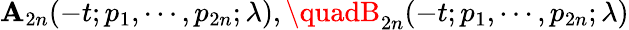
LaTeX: \mathbf{A}_{2n}(-t;p_{1},\cdots,p_{2n};\lambda),\quadB_{2n}(-t;p_{1},\cdots,p_{2n};\lambda)